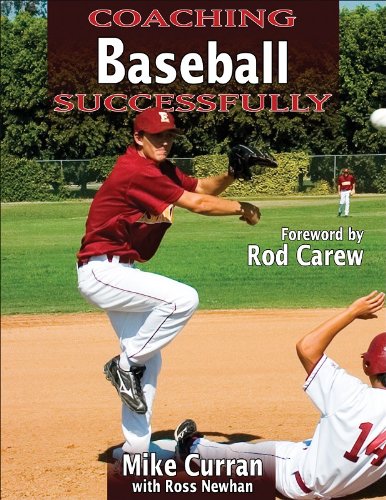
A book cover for Coaching Baseball Successfully (Coaching Successfully Series); Mike Curran; Sports & Outdoors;